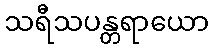
သရီသပန္တရာယော